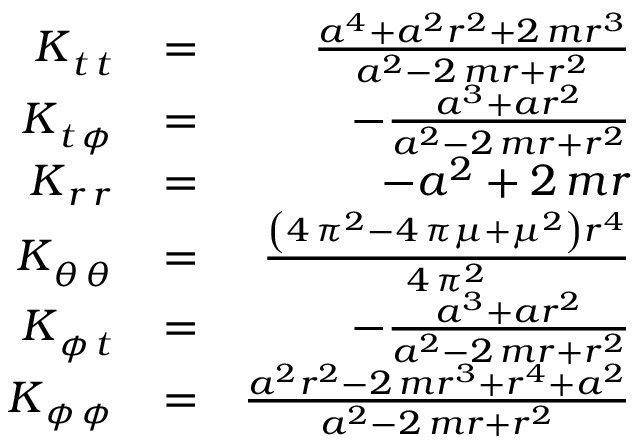
\begin{array} { r l r } { K _ { \, t \, t } ^ { \phantom { \, t } \phantom { \, t } } } & { = } & { \frac { a ^ { 4 } + a ^ { 2 } r ^ { 2 } + 2 \, m r ^ { 3 } } { a ^ { 2 } - 2 \, m r + r ^ { 2 } } } \\ { K _ { \, t \, { \phi } } ^ { \phantom { \, t } \phantom { \, { \phi } } } } & { = } & { - \frac { a ^ { 3 } + a r ^ { 2 } } { a ^ { 2 } - 2 \, m r + r ^ { 2 } } } \\ { K _ { \, r \, r } ^ { \phantom { \, r } \phantom { \, r } } } & { = } & { - a ^ { 2 } + 2 \, m r } \\ { K _ { \, { \theta } \, { \theta } } ^ { \phantom { \, { \theta } } \phantom { \, { \theta } } } } & { = } & { \frac { { \left( 4 \, \pi ^ { 2 } - 4 \, \pi \mu + \mu ^ { 2 } \right) } r ^ { 4 } } { 4 \, \pi ^ { 2 } } } \\ { K _ { \, { \phi } \, t } ^ { \phantom { \, { \phi } } \phantom { \, t } } } & { = } & { - \frac { a ^ { 3 } + a r ^ { 2 } } { a ^ { 2 } - 2 \, m r + r ^ { 2 } } } \\ { K _ { \, { \phi } \, { \phi } } ^ { \phantom { \, { \phi } } \phantom { \, { \phi } } } } & { = } & { \frac { a ^ { 2 } r ^ { 2 } - 2 \, m r ^ { 3 } + r ^ { 4 } + a ^ { 2 } } { a ^ { 2 } - 2 \, m r + r ^ { 2 } } } \end{array}